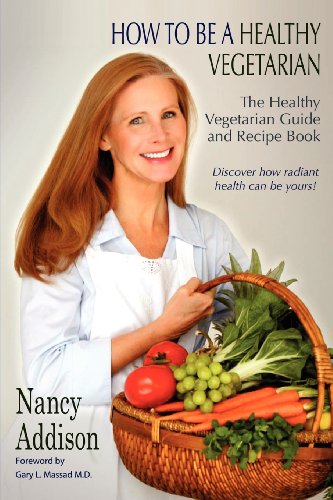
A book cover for How to Be a Healthy Vegetarian; Nancy Addison; Health, Fitness & Dieting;